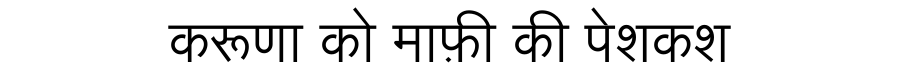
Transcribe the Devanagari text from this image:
करूणा को माफ़ी की पेशकश